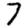
Digit: 7